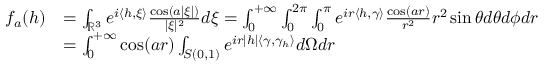
\begin{array} { r l } { f _ { a } ( h ) } & { = \int _ { \mathbb { R } ^ { 3 } } e ^ { i \langle h , \xi \rangle } \frac { \cos ( a | \xi | ) } { | \xi | ^ { 2 } } d \xi = \int _ { 0 } ^ { + \infty } \int _ { 0 } ^ { 2 \pi } \int _ { 0 } ^ { \pi } e ^ { i r \langle h , \gamma \rangle } \frac { \cos ( a r ) } { r ^ { 2 } } r ^ { 2 } \sin \theta d \theta d \phi d r } \\ & { = \int _ { 0 } ^ { + \infty } \cos ( a r ) \int _ { S ( 0 , 1 ) } e ^ { i r | h | \langle \gamma , \gamma _ { h } \rangle } d \Omega d r } \end{array}